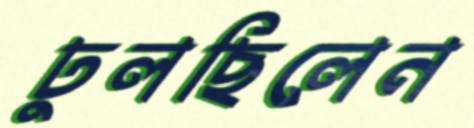
ঢুলছিলেন